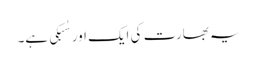
یہ بھارت کی ایک اور سُبکی ہے۔